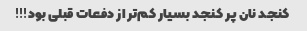
کنجد نان پر کنجد بسیار کم‌تر از دفعات قبلی بود!!!